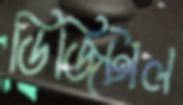
ডিজিটাল